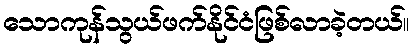
သောကုန်သွယ်ဖက်နိုင်ငံဖြစ်လာခဲ့တယ်။